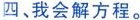
四、我会解方程.